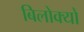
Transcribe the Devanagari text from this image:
बिलोक्यों